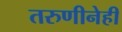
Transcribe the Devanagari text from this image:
तरुणीनेही